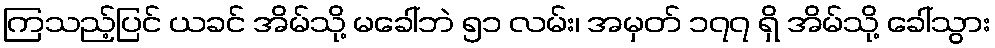
ကြသည့်ပြင် ယခင် အိမ်သို့ မခေါ်ဘဲ ၅၁ လမ်း၊ အမှတ် ၁၇၇ ရှိ အိမ်သို့ ခေါ်သွား